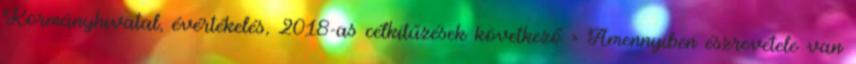
Kormányhivatal, évértékelés, 2018-as célkitűzések következő › Amennyiben észrevétele van